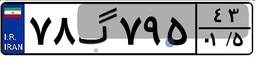
۷۸گ۷۹۵۴۳